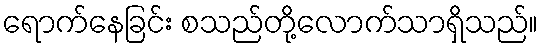
ရောက်နေခြင်း စသည်တို့လောက်သာရှိသည်။